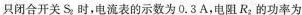
只闭合开关S_{2}时，电流表的示数为0.3A，电阻R_{2}的功率为